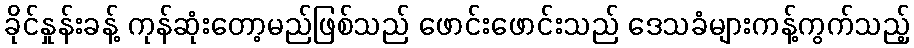
ခိုင်နှုန်းခန့် ကုန်ဆုံးတော့မည်ဖြစ်သည် ဖောင်းဖောင်းသည် ဒေသခံများကန့်ကွက်သည့်